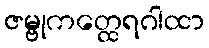
ဇမ္ဗုကတ္ထေရဂါထာ